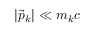
\left| \vec { p } _ { k } \right| \ll m _ { k } c